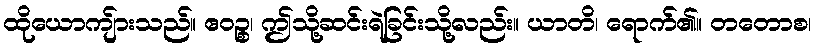
ထိုယောကျ်ားသည်။ ဧဝဉ္စ၊ ဤသို့ဆင်းရဲခြင်းသို့လည်း။ ယာတိ၊ ရောက်၏။ တတောစ၊